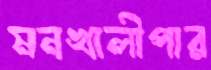
মনখালীপার